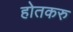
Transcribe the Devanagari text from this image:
होतकरु